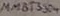
Text: MMBT3904